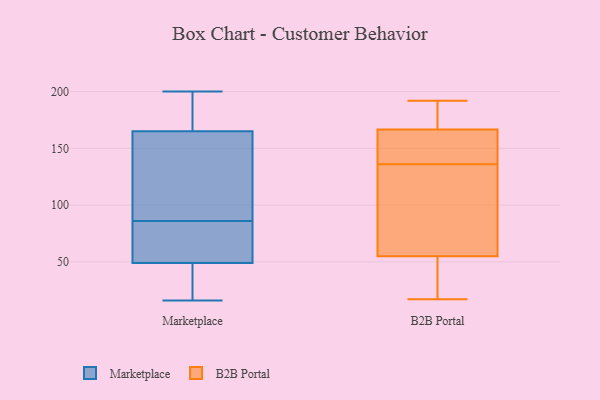
{"axis": {"x": "Latency (ms)", "y": "Value"}, "legend": ["B2B Portal", "Marketplace"], "data": [{"x": "", "y": 87, "type": "Marketplace"}, {"x": "", "y": 167, "type": "Marketplace"}, {"x": "", "y": 16, "type": "Marketplace"}, {"x": "", "y": 52, "type": "Marketplace"}, {"x": "", "y": 26, "type": "Marketplace"}, {"x": "", "y": 118, "type": "Marketplace"}, {"x": "", "y": 86, "type": "Marketplace"}, {"x": "", "y": 200, "type": "Marketplace"}, {"x": "", "y": 193, "type": "Marketplace"}, {"x": "", "y": 30, "type": "Marketplace"}, {"x": "", "y": 167, "type": "Marketplace"}, {"x": "", "y": 44, "type": "Marketplace"}, {"x": "", "y": 109, "type": "Marketplace"}, {"x": "", "y": 159, "type": "Marketplace"}, {"x": "", "y": 183, "type": "Marketplace"}, {"x": "", "y": 68, "type": "Marketplace"}, {"x": "", "y": 48, "type": "Marketplace"}, {"x": "", "y": 73, "type": "Marketplace"}, {"x": "", "y": 66, "type": "Marketplace"}, {"x": "", "y": 63, "type": "B2B Portal"}, {"x": "", "y": 138, "type": "B2B Portal"}, {"x": "", "y": 44, "type": "B2B Portal"}, {"x": "", "y": 18, "type": "B2B Portal"}, {"x": "", "y": 145, "type": "B2B Portal"}, {"x": "", "y": 47, "type": "B2B Portal"}, {"x": "", "y": 26, "type": "B2B Portal"}, {"x": "", "y": 78, "type": "B2B Portal"}, {"x": "", "y": 156, "type": "B2B Portal"}, {"x": "", "y": 100, "type": "B2B Portal"}, {"x": "", "y": 192, "type": "B2B Portal"}, {"x": "", "y": 169, "type": "B2B Portal"}, {"x": "", "y": 17, "type": "B2B Portal"}, {"x": "", "y": 134, "type": "B2B Portal"}, {"x": "", "y": 164, "type": "B2B Portal"}, {"x": "", "y": 179, "type": "B2B Portal"}, {"x": "", "y": 71, "type": "B2B Portal"}, {"x": "", "y": 173, "type": "B2B Portal"}, {"x": "", "y": 143, "type": "B2B Portal"}, {"x": "", "y": 189, "type": "B2B Portal"}]}